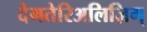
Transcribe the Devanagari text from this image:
देमतेरिअलिज़िग्